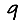
Digit: 9